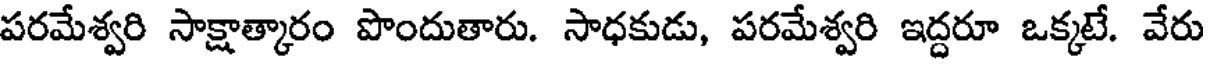
పరమేశ్వరి సాక్షాత్కారం పొందుతారు. సాధకుడు, పరమేశ్వరి ఇద్దరూ ఒక్కటే. వేరు